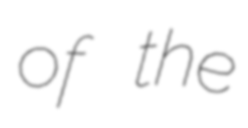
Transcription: of the